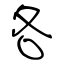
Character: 各